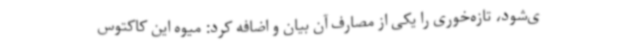
ی‌شود، تازه‌خوری را یکی از مصارف آن بیان و اضافه کرد: میوه این کاکتوس